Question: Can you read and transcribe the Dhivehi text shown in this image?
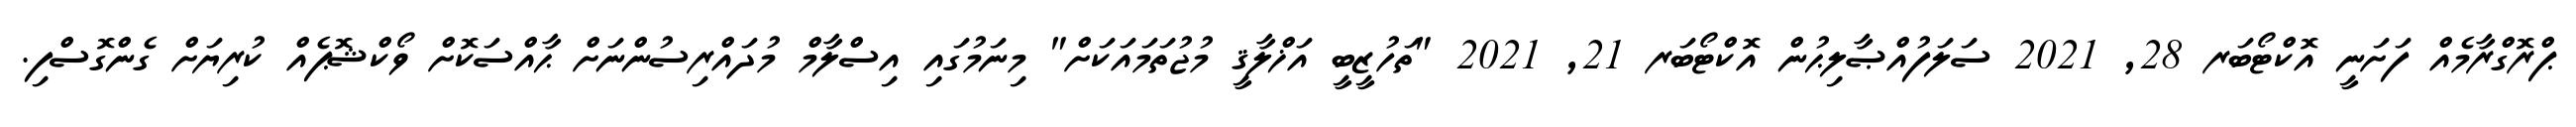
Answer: ޕްރޮގްރާމެއް ފަށަނީ އޮކްޓޯބަރ 28, 2021 ސަލަފުއްޞާލިޙުން އޮކްޓޯބަރ 21, 2021 "ތަހުޒީބީ އަޚްލާޤީ މުޖުތަމައަކަށް" މިނަމުގައި އިސްލާމް މުދައްރިސުންނަށް ޙާއްސަކޮށް ވޯކްޝޮޕެއް ކުރިޔަށް ގެންގޮސްފި.